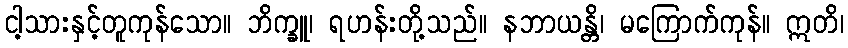
ငါ့သားနှင့်တူကုန်သော။ ဘိက္ခူ၊ ရဟန်းတို့သည်။ နဘာယန္တိ၊ မကြောက်ကုန်။ ဣတိ၊